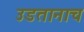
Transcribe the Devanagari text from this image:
उडतानाच